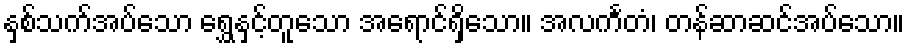
နှစ်သက်အပ်သော ရွှေနှင့်တူသော အရောင်ရှိသော။ အလင်္ကတံ၊ တန်ဆာဆင်အပ်သော။